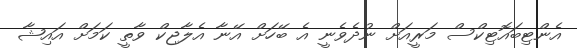
އެންޓިބައޮޓިކްސް މަރީއަށް ނުދެވެނީ އެ ބޭހަށް އޭނާ އެލާޖިކް ވާތީ ކަމަށް އައިޝާ